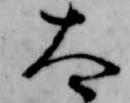
太